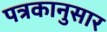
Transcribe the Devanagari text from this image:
पत्रकानुसार